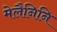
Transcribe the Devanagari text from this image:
मेलैनिनि